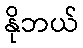
နိုဘယ်